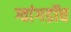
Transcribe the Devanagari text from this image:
ग्वांगडॉघ